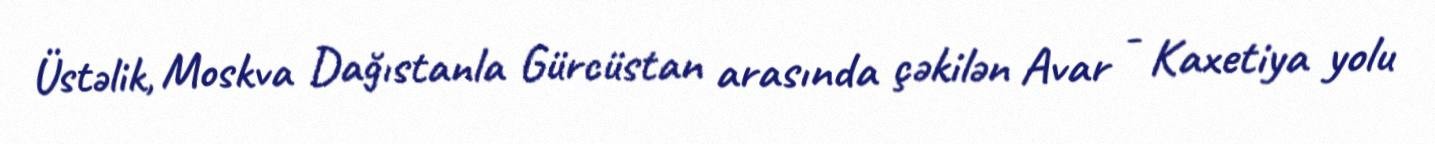
Üstəlik, Moskva Dağıstanla Gürcüstan arasında çəkilən Avar - Kaxetiya yolu